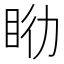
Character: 𥅇